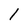
Character: 1